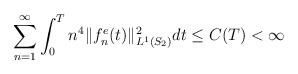
\begin{align*}\sum_{n=1}^{\infty} \int_0^Tn^{4}\Vert f_n^e(t) \Vert_{L^1(S_2)}^2 dt\leq C(T) < \infty\end{align*}